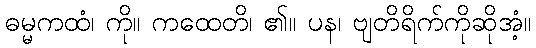
ဓမ္မကထံ၊ ကို။ ကထေတိ၊ ၏။ ပန၊ ဗျတိရိက်ကိုဆိုအံ့။